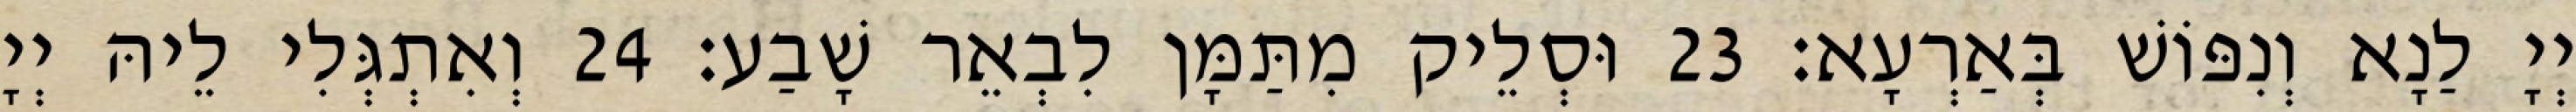
יְיָ לַנָא וְנִפּוֹשׁ בְּאַרְעָא׃ 23 וּסְלֵיק מִתַּמָּן לִבְאֵר שָׁבַע׃ 24 וְאִתְגְּלִי לֵיהּ יְיָ